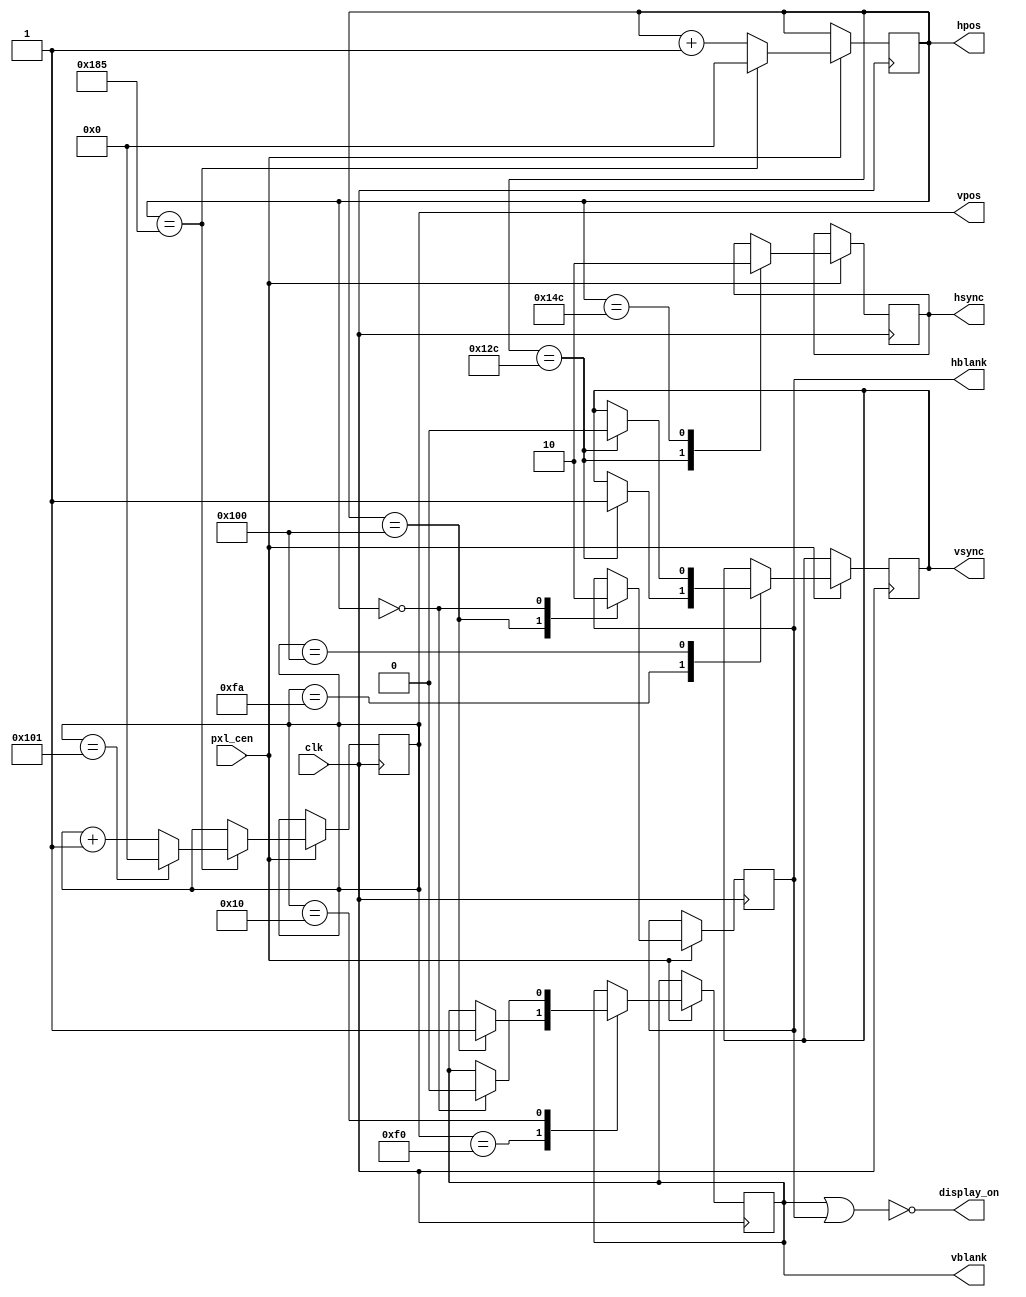
// This program was cloned from: https://github.com/jotego/jtcores
// License: GNU General Public License v3.0

////////// hvsync //////////////////////////////
//
// handle crt horizontal and vertical scrolling 
// generate hblank, vblank, hsync, vsync signal 
// for the @6mhz video clock 
//
module hvsync(
  input clk,
  input pxl_cen,
 
  // Video out 
  output reg hsync,
  output reg vsync,
  output reg hblank,
  output reg vblank,
  
  output display_on,
  
  output reg [8:0] hpos,
  output reg [8:0] vpos
);

parameter HBLANK_START  = 256;
parameter HBLANK_END 	  = 0;   
parameter HSYNC_START 	= HBLANK_START + 44;
parameter HSYNC_END 		= HBLANK_START + 76;
parameter H_TOTAL			  = 390;

parameter VBLANK_START  = 240;
parameter VBLANK_END		= 16;
parameter VSYNC_START	  = VBLANK_START + 10;
parameter VSYNC_END		  = VBLANK_START + 16;
parameter V_TOTAL			  = 258;

initial begin
	hpos = 9'b0;
	vpos = 9'b0; 
	hblank = 1'b1;
	vblank = 1'b0;
	hsync = 1'b0;
	vsync = 1'b0;
end	

always @(posedge clk) if (pxl_cen) begin
  if (hpos == H_TOTAL-1) begin
	  hpos <= 0;
	  vpos <= vpos + 1'd1;
	 
	  if (vpos == V_TOTAL-1) begin
	    vpos <= 0;	
	  	end
 		end 
  else begin
	  hpos <= hpos + 1'd1;
  end
	 
  case (hpos)
	  HBLANK_START : hblank <= 1;
    HBLANK_END   : hblank <= 0;
	  HSYNC_START  : hsync <= 1;
	  HSYNC_END    : hsync <= 0;
  endcase 
  
  case (vpos)
    VBLANK_START : if (hpos == HBLANK_START) vblank <= 1;
	  VBLANK_END   : if (hpos == HBLANK_END) vblank <= 0;
	  VSYNC_START  : if (hpos == HSYNC_START) vsync <= 1;
	  VSYNC_END 	 : if (hpos == HSYNC_START) vsync <= 0;
  endcase
end	
		
assign display_on = ~(vblank | hblank);
  
endmodule